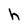
Character: h